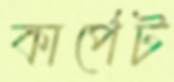
কার্পেট